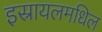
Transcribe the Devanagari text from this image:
इस्रायलमधिल